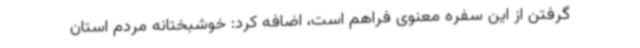
گرفتن از این سفره معنوی فراهم است، اضافه کرد: خوشبختانه مردم استان